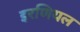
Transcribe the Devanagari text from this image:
इरणियल